Burma Government Medical School reports 1923-41
Year: 1923
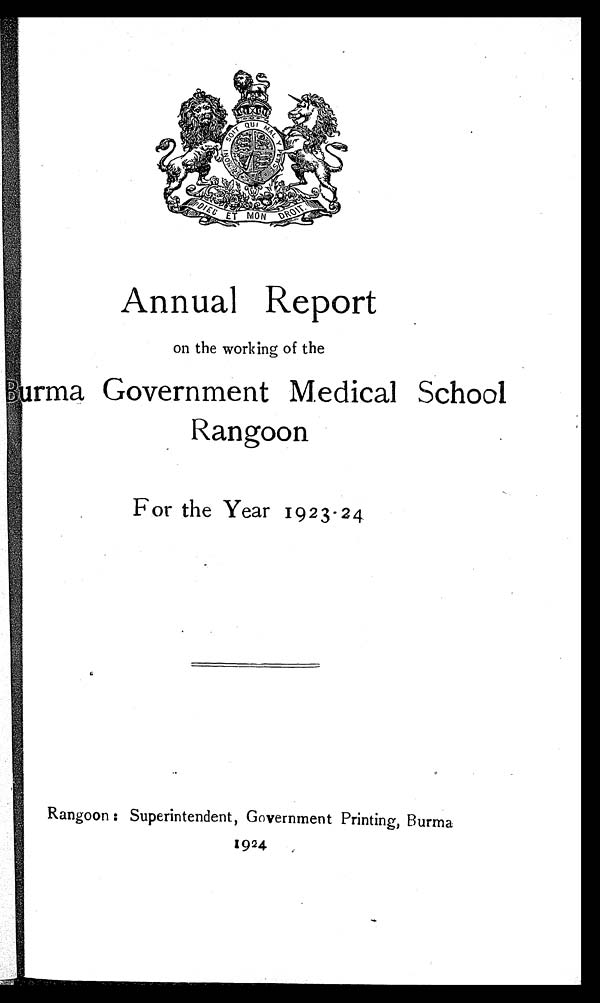
Annual Report
on the working of the
Burma Government Medical School
Rangoon
For the Year 1923-24
Rangoon: Superintendent, Government Printing, Burma
1924